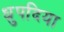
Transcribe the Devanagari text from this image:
ध्रुपदिया